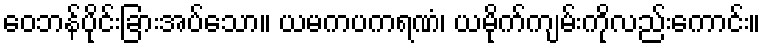
ဝေဘန်ပိုင်းခြားအပ်သော။ ယမကပကရဏံ၊ ယမိုက်ကျမ်းကိုလည်းကောင်း။